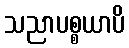
သညာပစ္စယာပိ